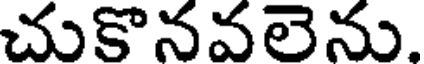
చుకొనవలెను.